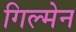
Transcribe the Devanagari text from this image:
गिल्मेन